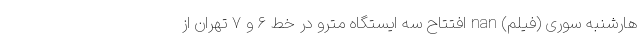
هارشنبه سوری (فیلم) nan افتتاح سه ایستگاه مترو در خط ۶ و ۷ تهران از